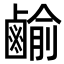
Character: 𪉰